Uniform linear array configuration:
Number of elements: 4
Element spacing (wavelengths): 1
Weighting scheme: cosine
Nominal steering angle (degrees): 0
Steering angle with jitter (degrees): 1.813
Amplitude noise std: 0.05
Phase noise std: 0.05

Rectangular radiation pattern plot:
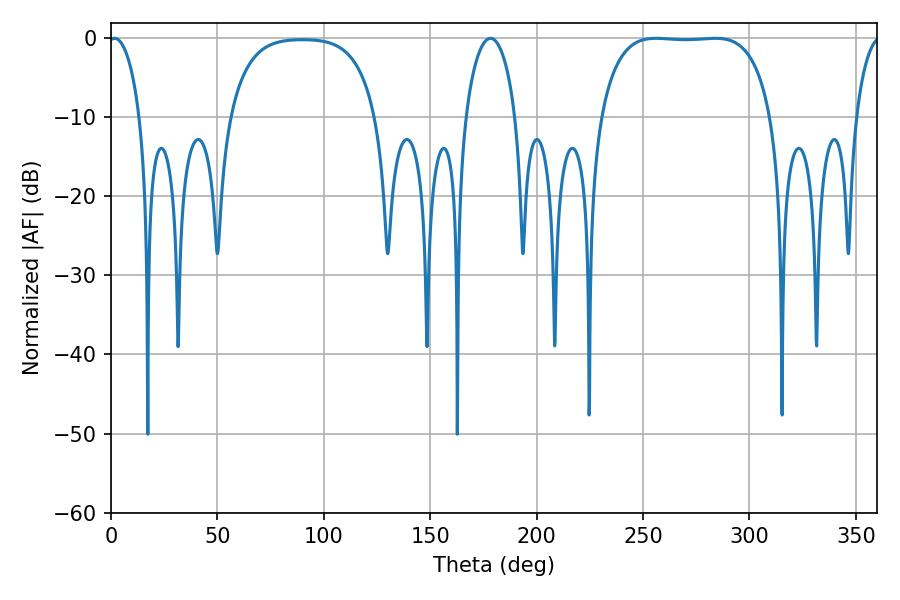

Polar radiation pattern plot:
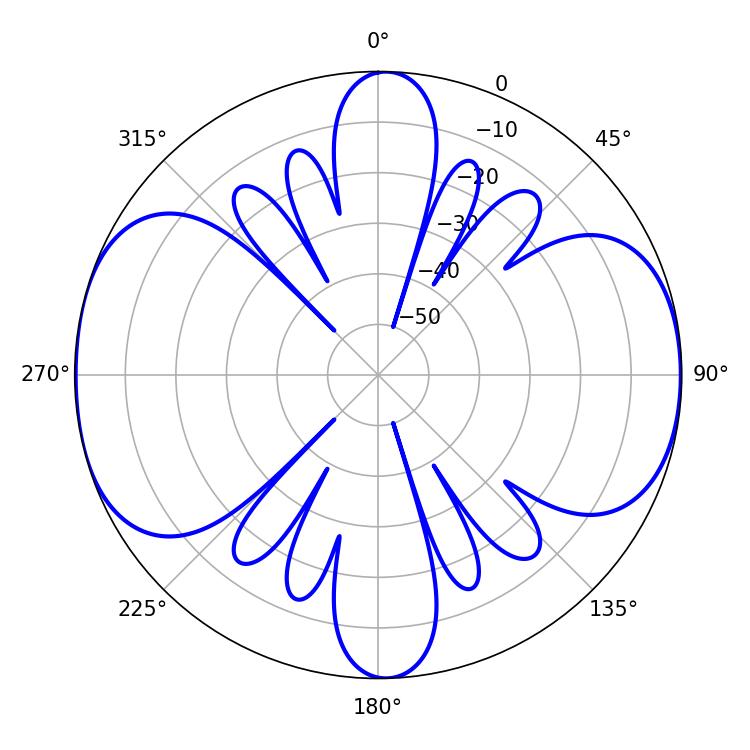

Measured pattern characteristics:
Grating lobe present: TRUE
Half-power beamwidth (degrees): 63
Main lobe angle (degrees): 256.14